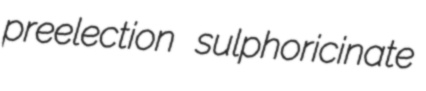
preelection sulphoricinate